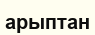
арыптан